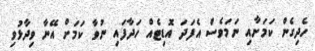
ހެދިގެން ކަމަށާއި ނަމަވެސް އެފަދަ އޮޑިޓެއް ހަދާފައި ނުވާ ކަމަށް އޭނާ ވިދާޅުވި